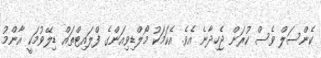
ކެންސަލް ވެސް ކުރަން ޖެހިދާނެ އެވެ. އެކަމަކު މޯލްޑިވިއަންގެ ފްލައިޓްތައް ޑިލޭވުމަކީ އާންމު